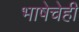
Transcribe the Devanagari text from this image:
भाषेचेही